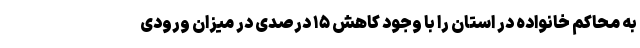
به محاکم خانواده در استان را با وجود کاهش ۱۵ درصدی در میزان ورودی